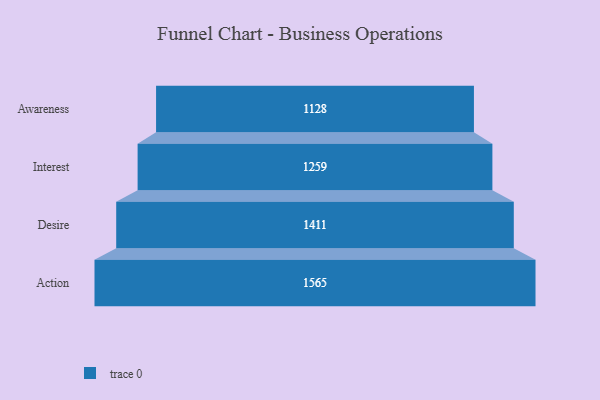
{"axis": {"x": "Stage", "y": "Value"}, "legend": [""], "data": [{"x": "Awareness", "y": 1128.0, "type": ""}, {"x": "Interest", "y": 1259.0, "type": ""}, {"x": "Desire", "y": 1411.0, "type": ""}, {"x": "Action", "y": 1565.0, "type": ""}]}